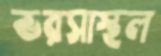
ভরসাস্থল